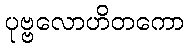
ပုဗ္ဗလောဟိတကော